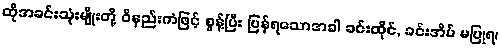
ထိုအခင်းသုံးမျိုးတို့ ဝိနည်းကံဖြင့် စွန့်ပြီး ပြန်ရသောအခါ ခင်းထိုင်, ခင်းအိပ် မပြုရ၊